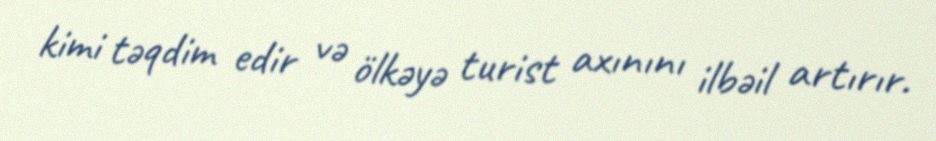
kimi təqdim edir və ölkəyə turist axınını ilbəil artırır.